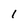
Character: 1